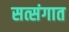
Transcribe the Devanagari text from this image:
सत्संगात